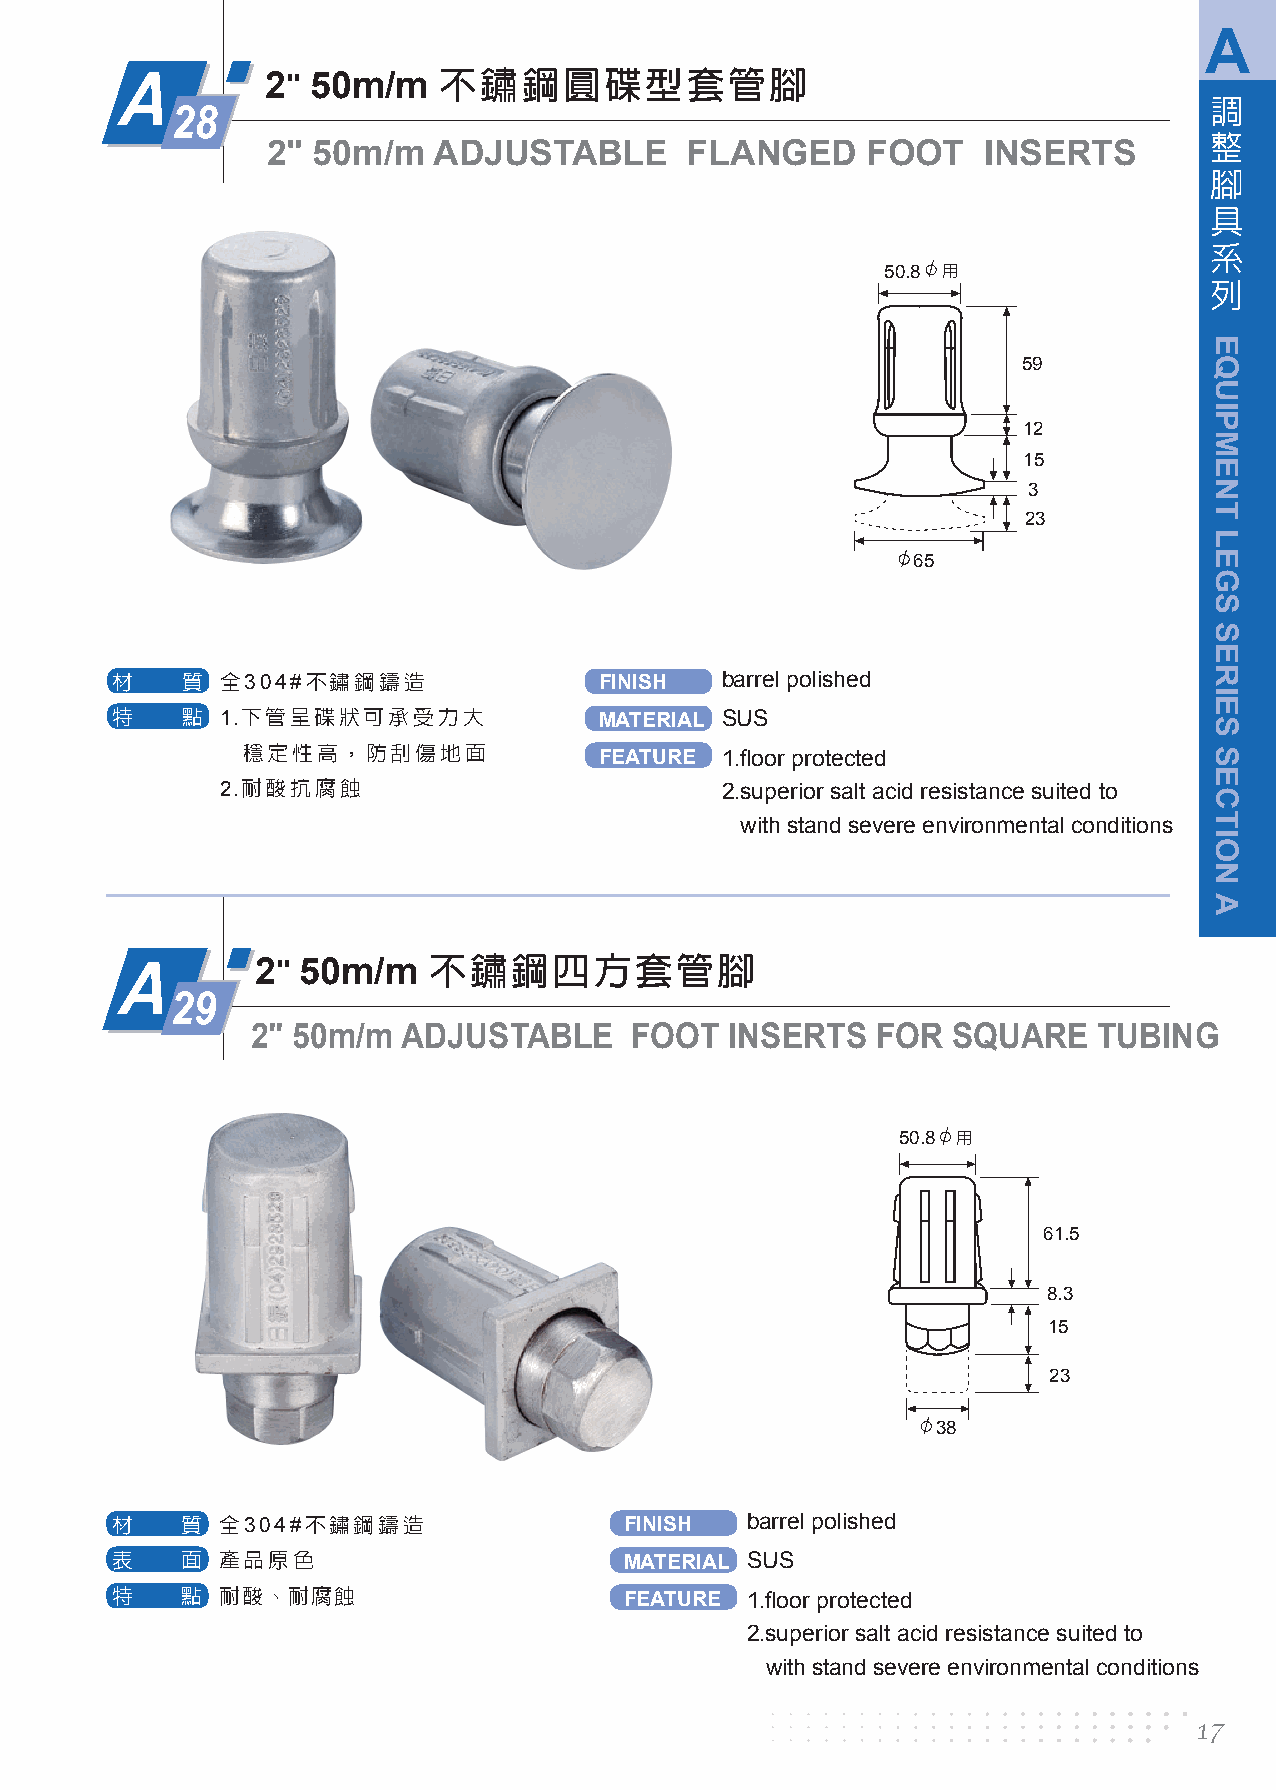
A
 不鏽鋼圓碟型套管腳
 A         2" 50m/m
 調
 28
 整
 2" 50m/m   ADJUSTABLE      FLANGED     FOOT    INSERTS
 腳
 具
 系
 50.8 用
 列
 59
 12
 15
 3
 23
 65
 材    質  全304#不鏽鋼鑄造               FINISH  barrel polished
 特    點  1.下管呈碟狀可承受力大             MATERIAL SUS
 穩定性高，防刮傷地面              FEATURE 1.floor protected
 2.耐酸抗腐蝕                          2.superior salt acid resistance suited to
 with stand severe environmental conditions
 不鏽鋼四方套管腳
 A
 2" 50m/m
 29
 2" 50m/m  ADJUSTABLE     FOOT  INSERTS   FOR  SQUARE    TUBING
 50.8 用
 61.5
 8.3
 15
 23
 38
 材    質 全304#不鏽鋼鑄造                 FINISH  barrel polished
 表    面 產品原色                       MATERIAL SUS
 特    點 耐酸、耐腐蝕
 FEATURE 1.floor protected
 2.superior salt acid resistance suited to
 with stand severe environmental conditions
 17
 EQUIPMENT
 LEGS
 SERIES
 SECTION
 A